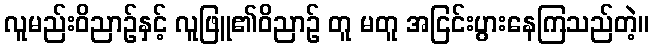
လူမည်းဝိညာဉ်နှင့် လူဖြူ၏ဝိညာဉ် တူ မတူ အငြင်းပွားနေကြသည်တဲ့။